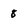
Character: 8